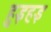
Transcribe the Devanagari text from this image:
हुइहइ